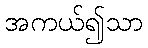
အကယ်၍သာ